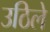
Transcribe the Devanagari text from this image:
उठिले